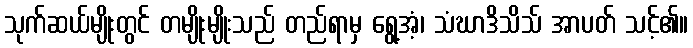
သုက်ဆယ်မျိုးတွင် တမျိုးမျိုးသည် တည်ရာမှ ရွေ့အံ့၊ သံဃာဒိသိသ် အာပတ် သင့်၏။